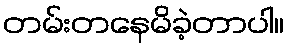
တမ်းတနေမိခဲ့တာပါ။